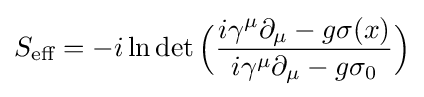
S_{\text{eff}}=-i\ln \det {\Big (}{\frac {i\gamma ^{\mu }{\partial }_{\mu }-g\sigma (x)}{i\gamma ^{\mu }{\partial }_{\mu }-g\sigma _{0}}}{\Big )}